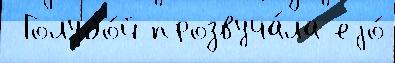
 Голубо́й прозвуча́ла еjо́